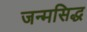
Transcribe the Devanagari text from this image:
जन्‍मसिद्ध